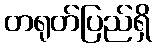
တရုတ်ပြည်ရှိ